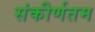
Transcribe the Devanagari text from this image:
संकीर्णतम